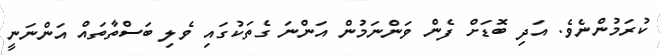
ކުރަމުންނެވެ. އަދި ބޮޑަށް ފެން ވަންނަމުން އަންނަ ގެތަކުގައި ވެލި ބަސްތާތައް އަންނަނީ